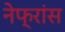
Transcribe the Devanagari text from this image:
नेफ्रांस